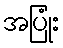
အပြုံး